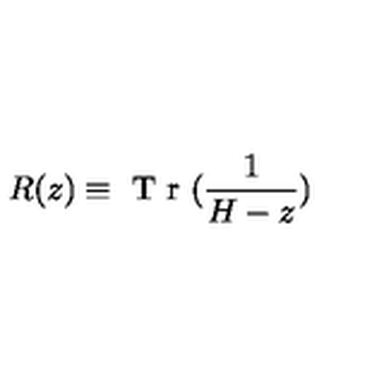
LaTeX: R ( z ) \equiv \textrm { T r } ( \frac { 1 } { H - z } )